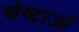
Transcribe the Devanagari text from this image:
चेष्‍टाओं